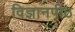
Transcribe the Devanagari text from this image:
विज्ञानपीठ